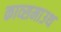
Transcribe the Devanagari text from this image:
काव्समाउथ